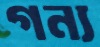
গন্য